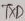
Text: TXD